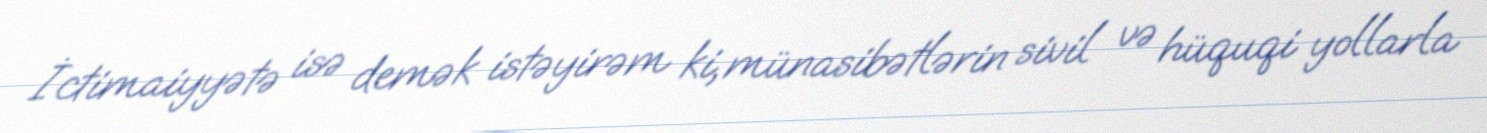
İctimaiyyətə isə demək istəyirəm ki, münasibətlərin sivil və hüquqi yollarla